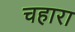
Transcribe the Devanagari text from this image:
चहारा